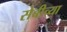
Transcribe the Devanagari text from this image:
सेबीच्या